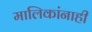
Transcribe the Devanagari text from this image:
मालिकांनाही